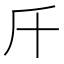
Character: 𣂑